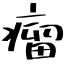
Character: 瘤